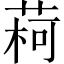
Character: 𫈥